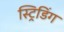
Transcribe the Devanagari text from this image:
स्ट्रिडिंग